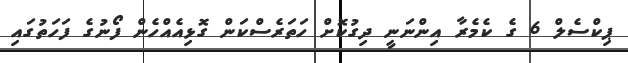
ޕިކްސެލް 6 ގެ ކެމެރާ އިންނަނީ ދިގުކޮށް ހަތަރެސްކަން ގޮޅިއެއްހެން ފޯނުގެ ފަހަތުގައި